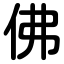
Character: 佛